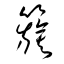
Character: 籏